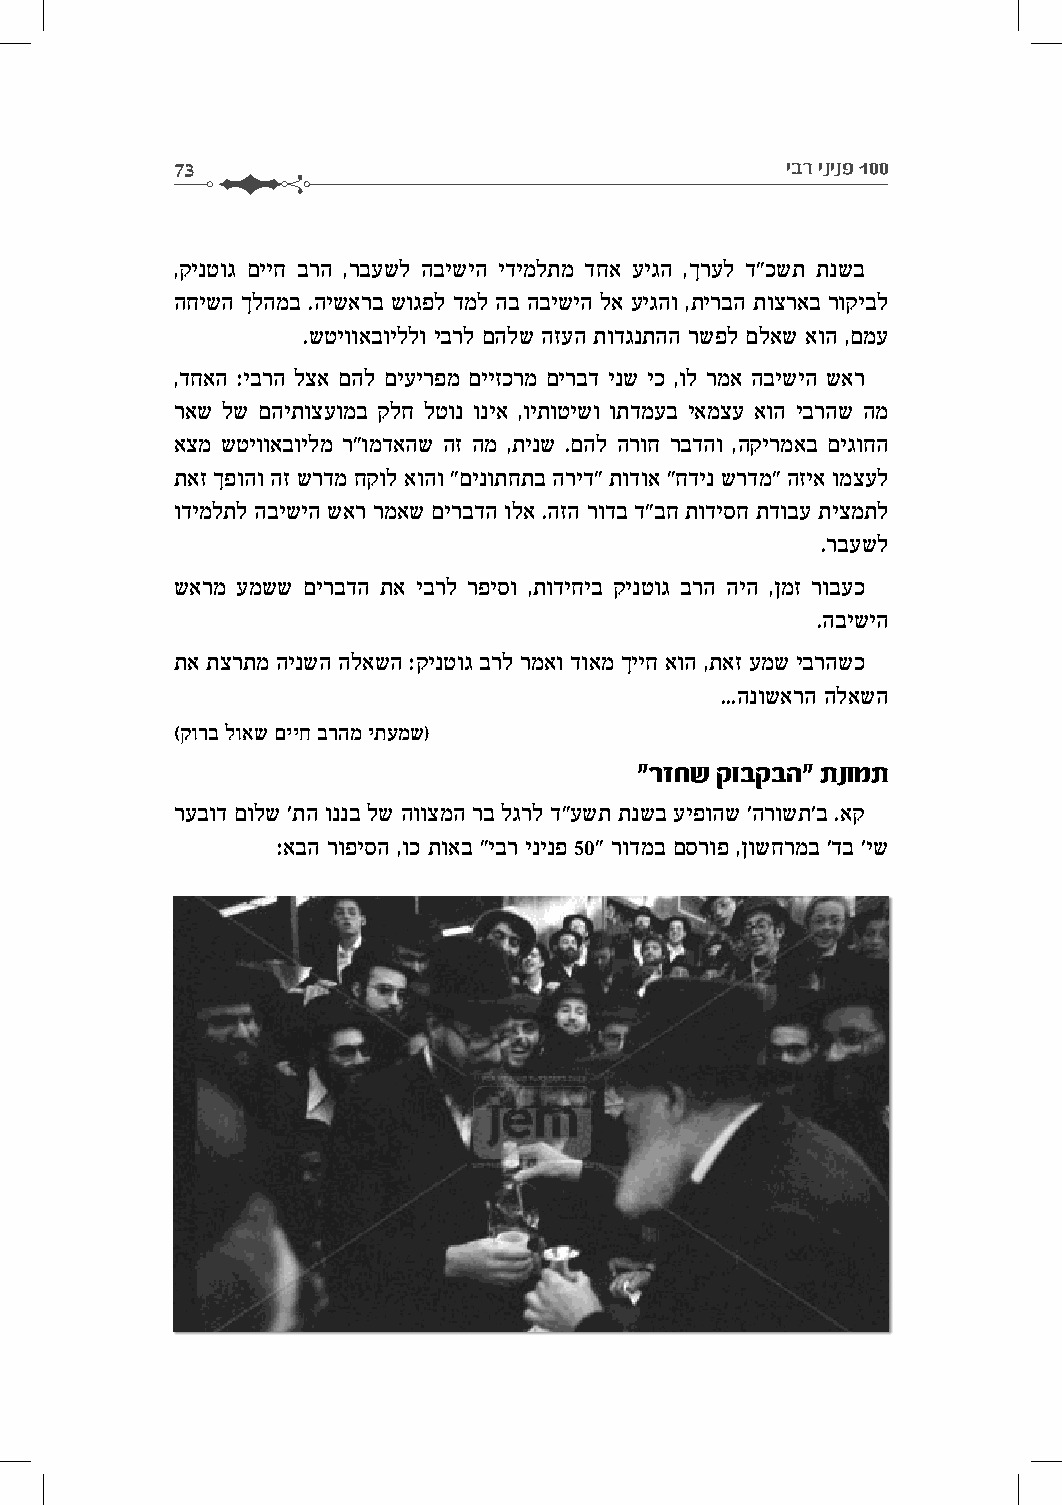
73                                       יבר ינינפ 100
 ,קינטוג םייח ברה ,רבעשל הבישיה ידימלתמ דחא עיגה ,ךרעל ד"כשת תנשב
 החישה ךלהמב .הישארב שוגפל דמל הב הבישיה לא עיגהו ,תירבה תוצראב רוקיבל
 .שטיוואבויללו יברל םהלש הזעה תודגנתהה רשפל םלאש אוה ,םמע
 ,דחאה :יברה לצא םהל םיעירפמ םייזכרמ םירבד ינש יכ ,ול רמא הבישיה שאר
 ראש לש םהיתוצעומב קלח לטונ וניא ,ויתוטישו ותדמעב יאמצע אוה יברהש המ
 אצמ שטיוואבוילמ ר"ומדאהש הז המ ,תינש .םהל הרוח רבדהו ,הקירמאב םיגוחה
 תאז ךפוהו הז שרדמ חקול אוהו "םינותחתב הריד" תודוא "חדינ שרדמ" הזיא ומצעל
 ודימלתל הבישיה שאר רמאש םירבדה ולא .הזה רודב ד"בח תודיסח תדובע תיצמתל
 .רבעשל
 שארמ עמשש םירבדה תא יברל רפיסו ,תודיחיב קינטוג ברה היה ,ןמז רובעכ
 .הבישיה
 תא תצרתמ הינשה הלאשה :קינטוג ברל רמאו דואמ ךייח אוה ,תאז עמש יברהשכ
 ...הנושארה הלאשה
 (קורב לואש םייח ברהמ יתעמש)
 "רזחש קובקבה" תנומת
 רעבוד םולש 'תה וננב לש הווצמה רב לגרל ד"עשת תנשב עיפוהש 'הרושת'ב .אק
 :אבה רופיסה ,וכ תואב "יבר ינינפ 50" רודמב םסרופ ,ןושחרמב 'דב 'יש